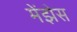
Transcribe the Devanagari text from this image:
मेंझेस